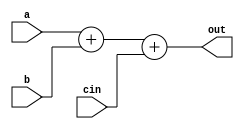
`timescale 1ns / 1ps
//////////////////////////////////////////////////////////////////////////////////
// Company: 
// Engineer: 
// 
// Design Name: 
// Module Name: alu
// Project Name: 
// Target Devices: 
// Tool Versions: 
// Description: 
// 
// Dependencies: 
// 
// Revision:
// Revision 0.01 - File Created
// Additional Comments:
// 
//////////////////////////////////////////////////////////////////////////////////


 module alu(
output [4:0] out,
      input [4:0] a,
      input [4:0] b,
      input cin
      ); 
      assign out=a+b+cin;
     
  endmodule